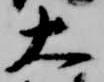
大